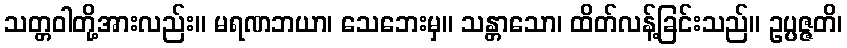
သတ္တဝါတို့အားလည်း။ မရဏဘယာ၊ သေဘေးမှ။ သန္တာသော၊ ထိတ်လန့်ခြင်းသည်။ ဥပ္ပဇ္ဇတိ၊